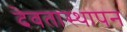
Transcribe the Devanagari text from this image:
देवतास्थापन